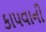
કાપવાની